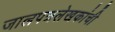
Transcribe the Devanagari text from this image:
जालपत्रलेखकांची